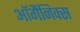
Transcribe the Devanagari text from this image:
ऑर्गैनिक्स